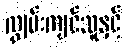
ကျွမ်းကျင်သူနှင့်